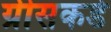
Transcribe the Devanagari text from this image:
ग्रीसकडे